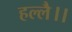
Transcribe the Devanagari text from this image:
हल्लै।।